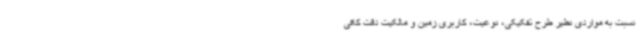
نسبت به مواردی نظیر طرح تفکیکی، نوعیت، کاربری زمین و مالکیت دقت کافی